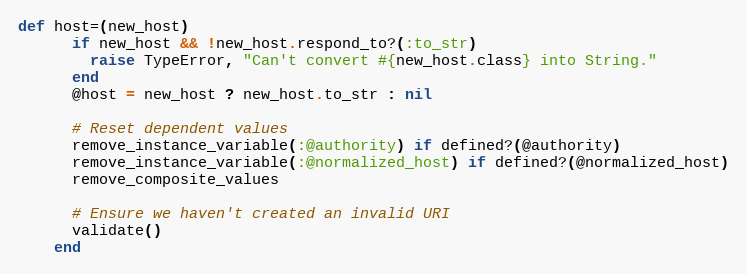
Language: Ruby
def host=(new_host)
      if new_host && !new_host.respond_to?(:to_str)
        raise TypeError, "Can't convert #{new_host.class} into String."
      end
      @host = new_host ? new_host.to_str : nil

      # Reset dependent values
      remove_instance_variable(:@authority) if defined?(@authority)
      remove_instance_variable(:@normalized_host) if defined?(@normalized_host)
      remove_composite_values

      # Ensure we haven't created an invalid URI
      validate()
    end